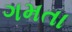
ગમતા